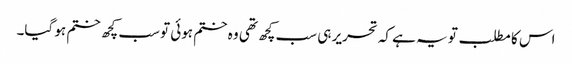
اس کا مطلب تو یہ ہے کہ تحریر ہی سب کچھ تھی وہ ختم ہوئی تو سب کچھ ختم ہو گیا۔